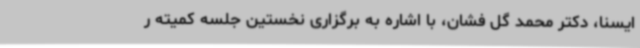
ایسنا، دکتر محمد گل فشان، با اشاره به برگزاری نخستین جلسه کمیته ر